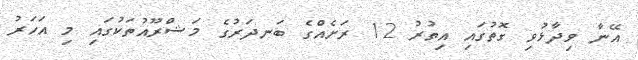
އޭނާ ވިދާޅުވި ގޮތުގައި އިތުރު 12 ރަށެއްގެ ބަނދަރުގެ މަޝްރޫއުތަކުގައި މި އަހަރު